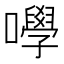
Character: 𡄆